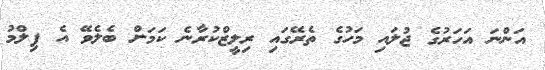
އަންނަ އަހަރުގެ ޖުލައި މަހުގެ ތެރޭގައި ރިލީޒްކުރާނެ ކަމަށް ބެލެވޭ އެ ފިލްމު